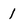
Character: 1